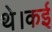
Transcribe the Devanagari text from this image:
थे।कई